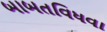
બાબતવિધવા